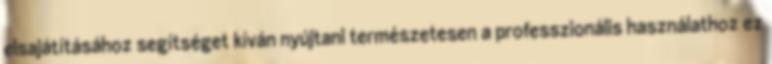
elsajátításához segítséget kíván nyújtani természetesen a professzionális használathoz ez